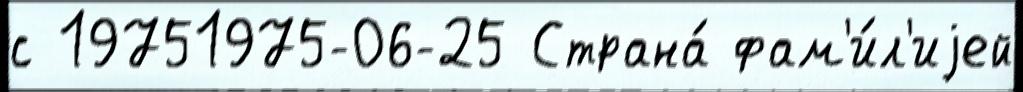
с 19751975-06-25 Страна́ фам'и́л'иjей